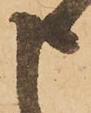
申